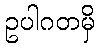
ဥပါဂတမှိ